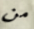
من